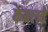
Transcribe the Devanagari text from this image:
केबलवे